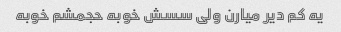
یه کم دیر میارن ولی سسش خوبه حجمشم خوبه